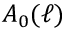
A _ { 0 } ( \ell )